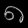
Digit: ၈